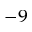
^ { - 9 }